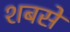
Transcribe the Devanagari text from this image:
शबसे